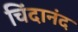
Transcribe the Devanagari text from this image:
चिंदानंद